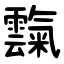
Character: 霼